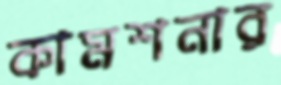
কামশনার